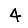
Digit: 4